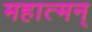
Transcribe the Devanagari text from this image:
महात्मन्‌